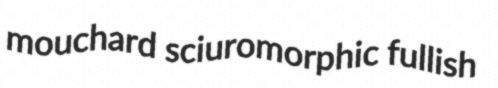
mouchard sciuromorphic fullish